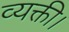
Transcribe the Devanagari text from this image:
व्यक्ती।